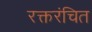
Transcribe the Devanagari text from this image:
रक्तरंचित